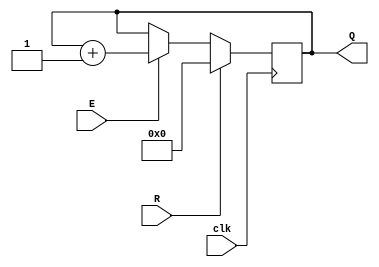
//4-bit counter w/ reset & enable

module cntr_4b(
	input  R,E,clk,
	output [3:0] Q
	);
	
	reg    [3:0] cntr;
	
	always @(posedge clk)
	begin
	
		if (R==1'b1)
			cntr[3:0] <= 4'b0;
		else
		
			if (E==1'b1)
				cntr[3:0] <= cntr[3:0] + 4'b1;
			else
				cntr[3:0] <= cntr[3:0];
	end
	
	assign Q[3:0] = cntr[3:0];
	
endmodule